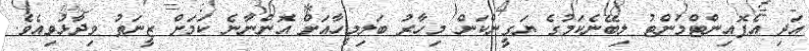
އަދި އެޕޮއިންޓްމަންޓު ލިބޭނެކަމުގެ ޔަގީންކަން މިހާރު ބަލިމީހާއަށް އޮންނާނެ ކަމަށް ޒީނަތު ވިދާޅުވިއެވެ.